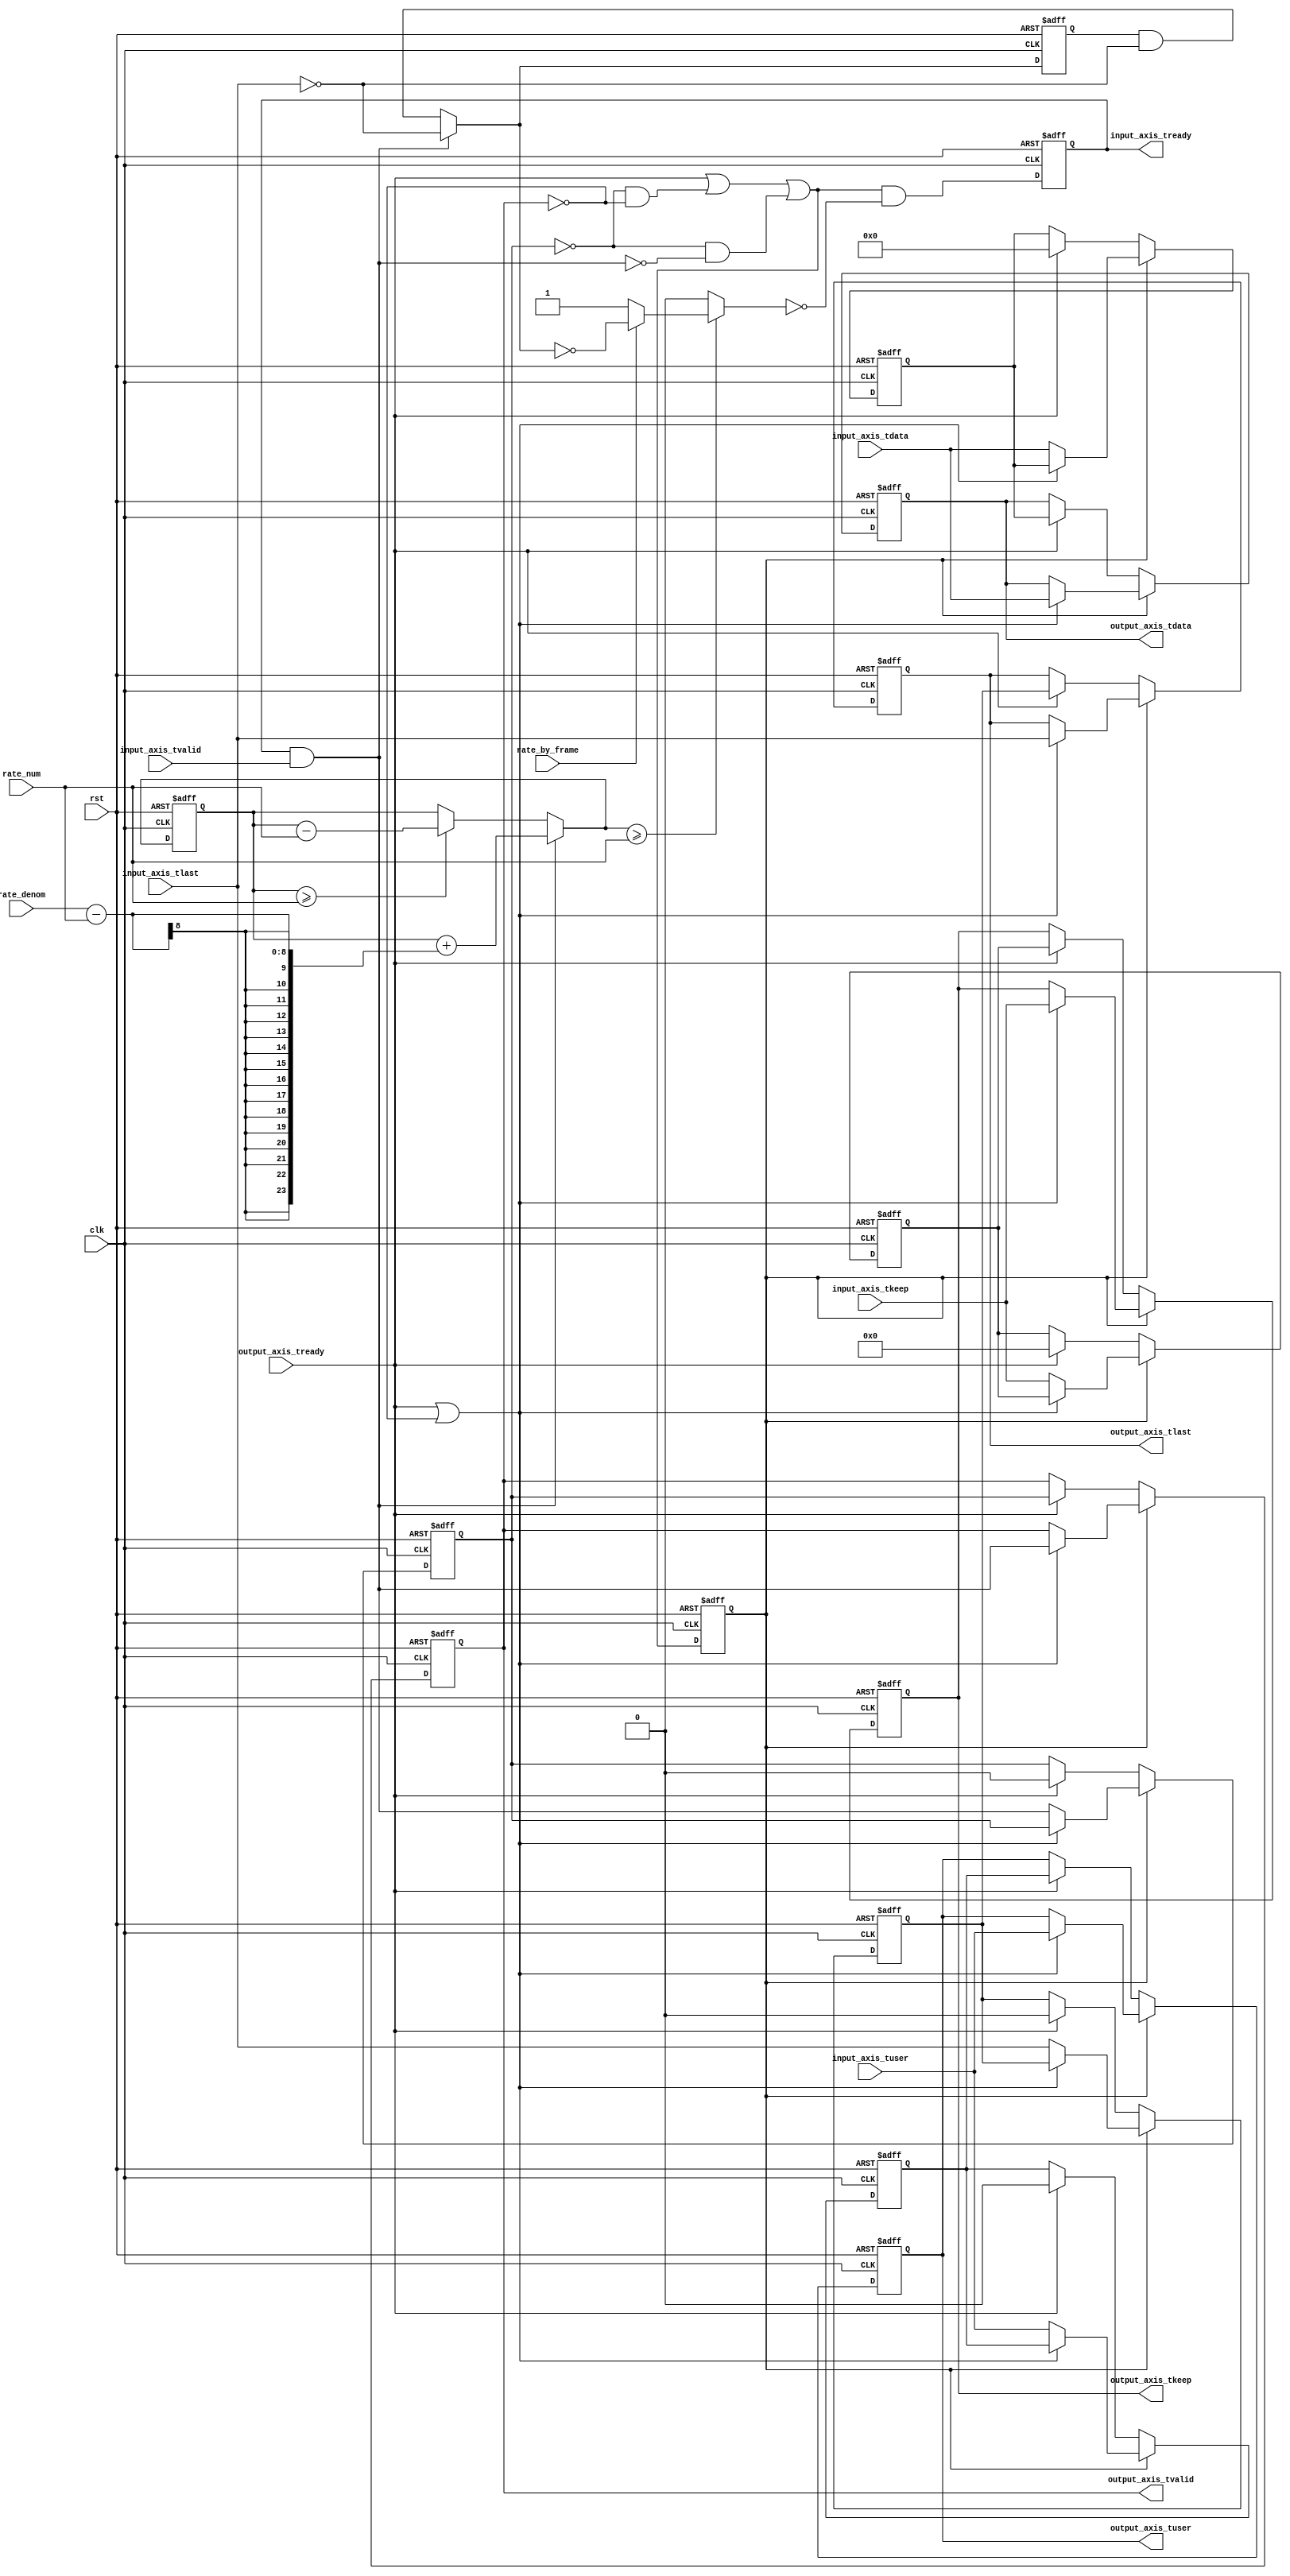
module axis_rate_limit_64 #
(
    parameter DATA_WIDTH = 64,
    parameter KEEP_WIDTH = (DATA_WIDTH/8)
)
(
    input  wire                   clk,
    input  wire                   rst,
    input  wire [DATA_WIDTH-1:0]  input_axis_tdata,
    input  wire [KEEP_WIDTH-1:0]  input_axis_tkeep,
    input  wire                   input_axis_tvalid,
    output wire                   input_axis_tready,
    input  wire                   input_axis_tlast,
    input  wire                   input_axis_tuser,
    output wire [DATA_WIDTH-1:0]  output_axis_tdata,
    output wire [KEEP_WIDTH-1:0]  output_axis_tkeep,
    output wire                   output_axis_tvalid,
    input  wire                   output_axis_tready,
    output wire                   output_axis_tlast,
    output wire                   output_axis_tuser,
    input  wire [7:0]             rate_num,
    input  wire [7:0]             rate_denom,
    input  wire                   rate_by_frame
);
reg [DATA_WIDTH-1:0] output_axis_tdata_int;
reg [KEEP_WIDTH-1:0] output_axis_tkeep_int;
reg                  output_axis_tvalid_int;
reg                  output_axis_tready_int = 0;
reg                  output_axis_tlast_int;
reg                  output_axis_tuser_int;
wire                 output_axis_tready_int_early;
reg [23:0] acc_reg = 0, acc_next;
reg pause;
reg frame_reg = 0, frame_next;
reg input_axis_tready_reg = 0, input_axis_tready_next;
assign input_axis_tready = input_axis_tready_reg;
always @* begin
    acc_next = acc_reg;
    pause = 0;
    frame_next = frame_reg & ~input_axis_tlast;
    if (acc_reg >= rate_num) begin
        acc_next = acc_reg - rate_num;
    end
    if (input_axis_tready & input_axis_tvalid) begin
        frame_next = ~input_axis_tlast;
        acc_next = acc_reg + (rate_denom - rate_num);
    end
    if (acc_next >= rate_num) begin
        if (rate_by_frame) begin
            pause = ~frame_next;
        end else begin
            pause = 1;
        end
    end
    input_axis_tready_next = output_axis_tready_int_early & ~pause;
    output_axis_tdata_int = input_axis_tdata;
    output_axis_tkeep_int = input_axis_tkeep;
    output_axis_tvalid_int = input_axis_tvalid & input_axis_tready;
    output_axis_tlast_int = input_axis_tlast;
    output_axis_tuser_int = input_axis_tuser;
end
always @(posedge clk or posedge rst) begin
    if (rst) begin
        acc_reg <= 0;
        frame_reg <= 0;
        input_axis_tready_reg <= 0;
    end else begin
        acc_reg <= acc_next;
        frame_reg <= frame_next;
        input_axis_tready_reg <= input_axis_tready_next;
    end
end
reg [DATA_WIDTH-1:0] output_axis_tdata_reg = 0;
reg [KEEP_WIDTH-1:0] output_axis_tkeep_reg = 0;
reg                  output_axis_tvalid_reg = 0;
reg                  output_axis_tlast_reg = 0;
reg                  output_axis_tuser_reg = 0;
reg [DATA_WIDTH-1:0] temp_axis_tdata_reg = 0;
reg [KEEP_WIDTH-1:0] temp_axis_tkeep_reg = 0;
reg                  temp_axis_tvalid_reg = 0;
reg                  temp_axis_tlast_reg = 0;
reg                  temp_axis_tuser_reg = 0;
assign output_axis_tdata = output_axis_tdata_reg;
assign output_axis_tkeep = output_axis_tkeep_reg;
assign output_axis_tvalid = output_axis_tvalid_reg;
assign output_axis_tlast = output_axis_tlast_reg;
assign output_axis_tuser = output_axis_tuser_reg;
assign output_axis_tready_int_early = output_axis_tready | (~temp_axis_tvalid_reg & ~output_axis_tvalid_reg) | (~temp_axis_tvalid_reg & ~output_axis_tvalid_int);
always @(posedge clk or posedge rst) begin
    if (rst) begin
        output_axis_tdata_reg <= 0;
        output_axis_tkeep_reg <= 0;
        output_axis_tvalid_reg <= 0;
        output_axis_tlast_reg <= 0;
        output_axis_tuser_reg <= 0;
        output_axis_tready_int <= 0;
        temp_axis_tdata_reg <= 0;
        temp_axis_tkeep_reg <= 0;
        temp_axis_tvalid_reg <= 0;
        temp_axis_tlast_reg <= 0;
        temp_axis_tuser_reg <= 0;
    end else begin
        output_axis_tready_int <= output_axis_tready_int_early;
        if (output_axis_tready_int) begin
            if (output_axis_tready | ~output_axis_tvalid_reg) begin
                output_axis_tdata_reg <= output_axis_tdata_int;
                output_axis_tkeep_reg <= output_axis_tkeep_int;
                output_axis_tvalid_reg <= output_axis_tvalid_int;
                output_axis_tlast_reg <= output_axis_tlast_int;
                output_axis_tuser_reg <= output_axis_tuser_int;
            end else begin
                temp_axis_tdata_reg <= output_axis_tdata_int;
                temp_axis_tkeep_reg <= output_axis_tkeep_int;
                temp_axis_tvalid_reg <= output_axis_tvalid_int;
                temp_axis_tlast_reg <= output_axis_tlast_int;
                temp_axis_tuser_reg <= output_axis_tuser_int;
            end
        end else if (output_axis_tready) begin
            output_axis_tdata_reg <= temp_axis_tdata_reg;
            output_axis_tkeep_reg <= temp_axis_tkeep_reg;
            output_axis_tvalid_reg <= temp_axis_tvalid_reg;
            output_axis_tlast_reg <= temp_axis_tlast_reg;
            output_axis_tuser_reg <= temp_axis_tuser_reg;
            temp_axis_tdata_reg <= 0;
            temp_axis_tkeep_reg <= 0;
            temp_axis_tvalid_reg <= 0;
            temp_axis_tlast_reg <= 0;
            temp_axis_tuser_reg <= 0;
        end
    end
end
endmodule